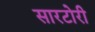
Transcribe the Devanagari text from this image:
सारटोरी